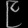
Digit: ၉